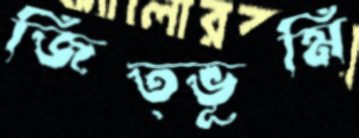
জিত্ভূমি